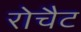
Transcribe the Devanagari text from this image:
रोचैट